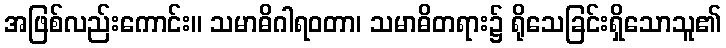
အဖြစ်လည်းကောင်း။ သမာဓိဂါရဝတာ၊ သမာဓိတရား၌ ရိုသေခြင်းရှိသောသူ၏